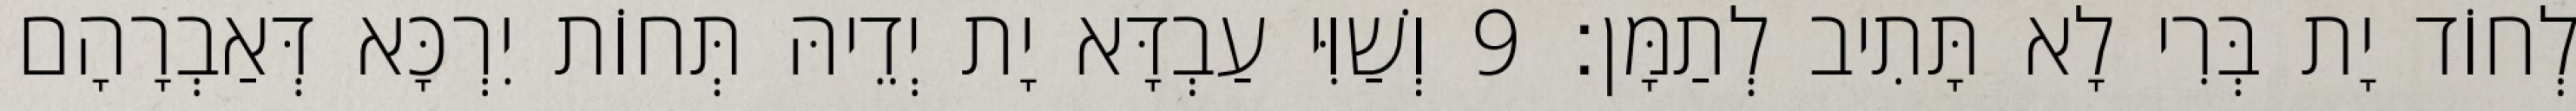
לְחוֹד יָת בְּרִי לָא תָּתִיב לְתַמָּן׃ 9 וְשַׁוִּי עַבְדָּא יָת יְדֵיהּ תְּחוֹת יִרְכָּא דְּאַבְרָהָם